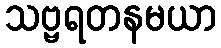
သဗ္ဗရတနမယာ